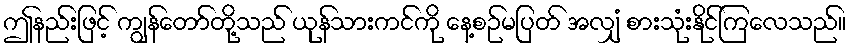
ဤနည်းဖြင့် ကျွန်တော်တို့သည် ယုန်သားကင်ကို နေ့စဉ်မပြတ် အလျှံ စားသုံးနိုင်ကြလေသည်။